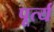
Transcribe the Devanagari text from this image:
पूर्त्य